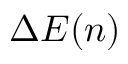
\Delta E ( n )